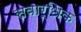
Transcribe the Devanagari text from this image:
सवार्धिक